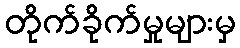
တိုက်ခိုက်မှုများမှ